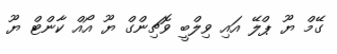
ގޭމް ޔޫ ޕްލޭ އައި ވިލްބީ ވޮޗިންގް ޔޫ އޯއް ކާންޓް ޔޫ